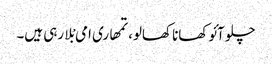
چلو آئو کھانا کھالو، تمھاری امی بْلا رہی ہیں۔